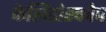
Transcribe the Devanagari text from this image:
केलिडोस्कोप